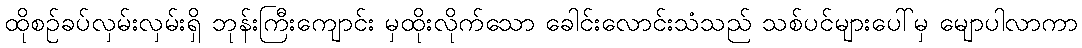
ထိုစဉ်ခပ်လှမ်းလှမ်းရှိ ဘုန်းကြီးကျောင်း မှထိုးလိုက်သော ခေါင်းလောင်းသံသည် သစ်ပင်များပေါ်မှ မျောပါလာကာ